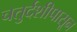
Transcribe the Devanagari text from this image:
चतुर्दशीपासून